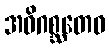
အဓိဂစ္ဆတေဝ